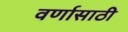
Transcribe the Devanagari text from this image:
वर्णासाठी